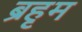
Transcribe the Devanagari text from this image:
ब्रहृम